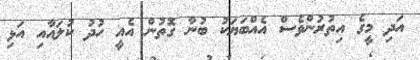
އަދި މީގެ އިތުރުންވެސް އެއްބަޔަކު ބުނާ ގޮތުން އެއީ ހުދު ކުލައާއި އަޅި